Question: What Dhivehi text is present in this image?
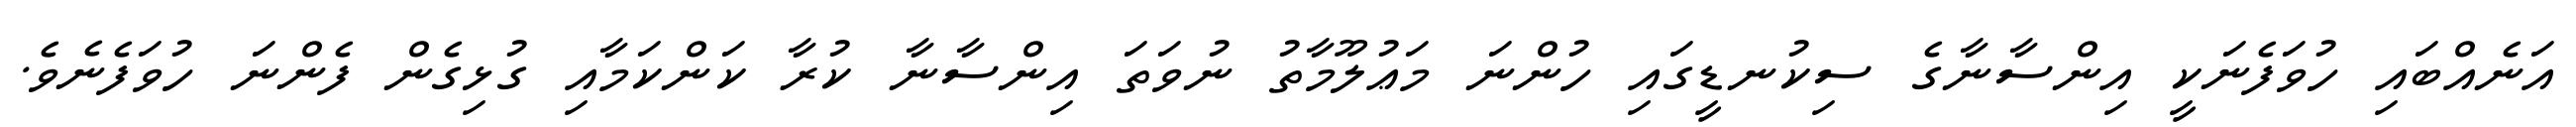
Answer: އަނެއްބައި ހުވަފެނަކީ އިންސާނާގެ ސިކުނޑީގައި ހުންނަ މަޢުލޫމާތު ނުވަތަ އިންސާނާ ކުރާ ކަންކަމާއި ގުޅިގެން ފެންނަ ހުވަފެނެވެ.